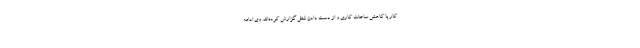
کار یا کاهش ساعات کاری و از دست دادن شغل گزارش کرده‌اند. وی ادامه